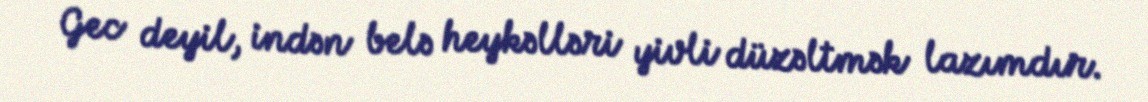
Gec deyil, indən belə heykəlləri yivli düzəltmək lazımdır.